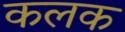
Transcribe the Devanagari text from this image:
कलक